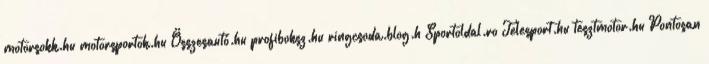
motorsokk.hu motorsportok.hu Összesautó.hu profiboksz.hu ringcsoda.blog.h Sportoldal.ro Telesport.hu tesztmotor.hu Pontosan